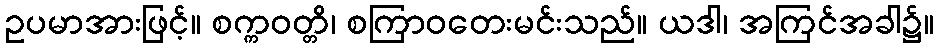
ဥပမာအားဖြင့်။ စက္ကဝတ္တိ၊ စကြာဝတေးမင်းသည်။ ယဒါ၊ အကြင်အခါ၌။